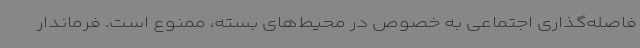
فاصله‌گذاری اجتماعی به خصوص در محیط‌های بسته، ممنوع است. فرماندار